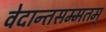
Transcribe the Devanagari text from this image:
वेदान्तसम्मतम्